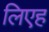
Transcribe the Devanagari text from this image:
लिएह